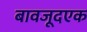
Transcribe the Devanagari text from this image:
बावजूदएक